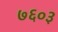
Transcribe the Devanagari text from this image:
७६०३